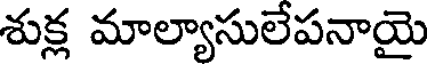
శుక్ల మాల్యాసులేపనాయై